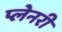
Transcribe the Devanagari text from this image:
प्लेनरी